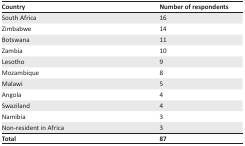
<table><thead><tr><td><b>Country</b></td><td><b>Number of respondents</b></td></tr></thead><tbody><tr><td>South Africa</td><td>16</td></tr><tr><td>Zimbabwe</td><td>14</td></tr><tr><td>Botswana</td><td>11</td></tr><tr><td>Zambia</td><td>10</td></tr><tr><td>Lesotho</td><td>9</td></tr><tr><td>Mozambique</td><td>8</td></tr><tr><td>Malawi</td><td>5</td></tr><tr><td>Angola</td><td>4</td></tr><tr><td>Swaziland</td><td>4</td></tr><tr><td>Namibia</td><td>3</td></tr><tr><td>Non-resident in Africa</td><td>3</td></tr><tr><td><b>Total</b></td><td><b>87</b></td></tr></tbody></table>